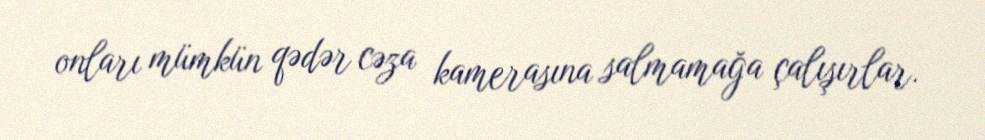
onları mümkün qədər cəza kamerasına salmamağa çalışırlar.